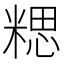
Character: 𥻏